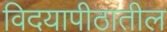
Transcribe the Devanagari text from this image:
विदयापीठातील